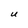
Character: U